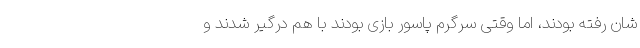
شان رفته بودند، اما وقتی سرگرم پاسور بازی بودند با هم درگیر شدند و